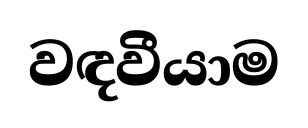
වඳවීයාම